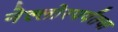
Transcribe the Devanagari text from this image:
नेल्लोरपर्यंतचा